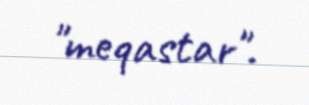
"meqastar".